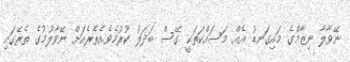
ނޭވާލާ ނިޒާމްގެ މައިގަނޑު އެއް މަސައްކަތަކީ ގޭސް ބަދަލު ކުރުމެވެ.އެތެރެއަށް ނޭވާލުމުގެ ތެރޭގައި